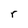
Character: r